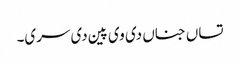
تساں جناں دی وی پین دی سری۔